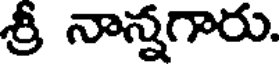
శ్రీ నాన్నగారు.